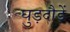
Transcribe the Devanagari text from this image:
घुड़दौड़ें